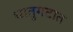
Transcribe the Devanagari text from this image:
धातुगटात